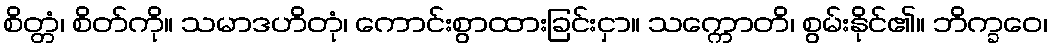
စိတ္တံ၊ စိတ်ကို။ သမာဒဟိတုံ၊ ကောင်းစွာထားခြင်းငှာ။ သက္ကောတိ၊ စွမ်းနိုင်၏။ ဘိက္ခဝေ၊